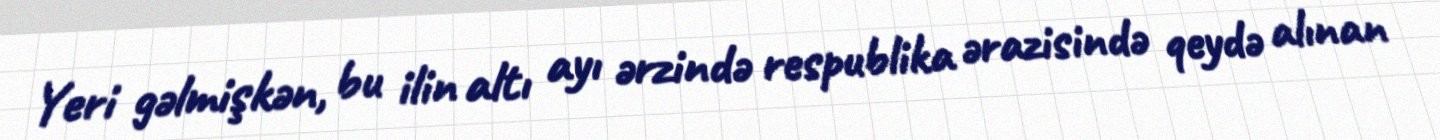
Yeri gəlmişkən, bu ilin altı ayı ərzində respublika ərazisində qeydə alınan